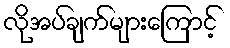
လိုအပ်ချက်များကြောင့်